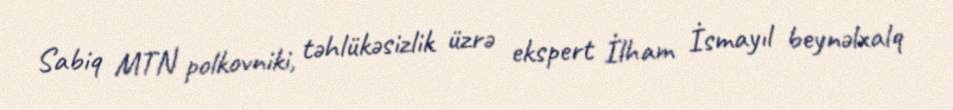
Sabiq MTN polkovniki, təhlükəsizlik üzrə ekspert İlham İsmayıl beynəlxalq